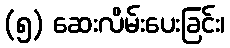
(၅) ဆေးလိမ်းပေးခြင်း၊